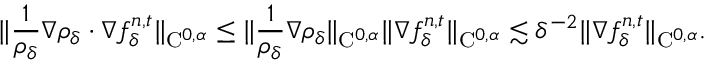
\| \frac { 1 } { \rho _ { \delta } } \nabla \rho _ { \delta } \cdot \nabla f _ { \delta } ^ { n , t } \| _ { \mathrm { C } ^ { 0 , \alpha } } \leq \| \frac { 1 } { \rho _ { \delta } } \nabla \rho _ { \delta } \| _ { \mathrm { C } ^ { 0 , \alpha } } \| \nabla f _ { \delta } ^ { n , t } \| _ { \mathrm { C } ^ { 0 , \alpha } } \lesssim \delta ^ { - 2 } \| \nabla f _ { \delta } ^ { n , t } \| _ { \mathrm { C } ^ { 0 , \alpha } } .